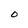
Character: O